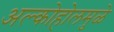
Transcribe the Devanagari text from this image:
अल्कोहोलमुळे